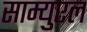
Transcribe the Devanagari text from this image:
साम्युएल